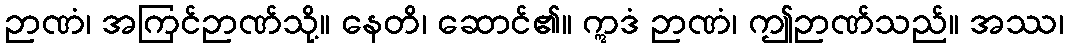
ဉာဏံ၊ အကြင်ဉာဏ်သို့။ နေတိ၊ ဆောင်၏။ ဣဒံ ဉာဏံ၊ ဤဉာဏ်သည်။ အဿ၊